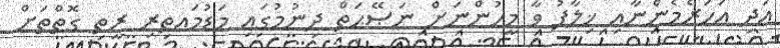
އަދި އަހަރެމެންނާއި ޚިލާފު ވާ މީހުންނަށް ނަޞޭޙަތް ދިނުމުގައި މަޑުމައތިރި ރީތި ގޮތްތަށް